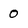
Character: 0